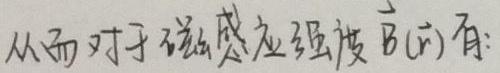
从而对于磁感应强度$\vec{B}(\vec{r})$有: